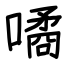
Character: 噊